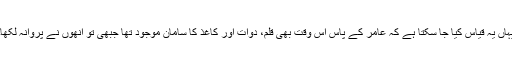
یہاں یہ قیاس کیا جا سکتا ہے کہ عامرؓ کے پاس اُس وقت بھی قلم، دوات اور کاغذ کا سامان موجود تھا جبھی تو انھوں نے پروانہ لکھا۔